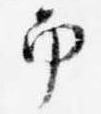
南